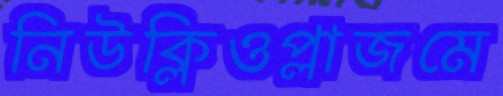
নিউক্লিওপ্লাজমে